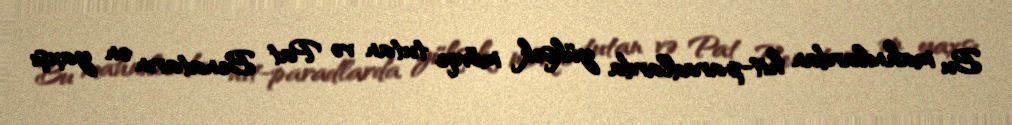
Bu mahnılardan hit-paradlarda yüksək mövqe tutan və Pat Benatarın ən yaxşı